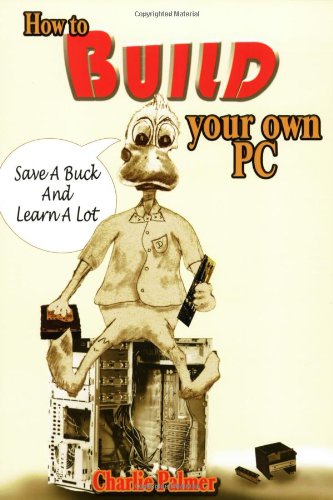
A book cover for How to Build Your Own PC: Save a Buck and Learn a Lot; Charlie Palmer; Computers & Technology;